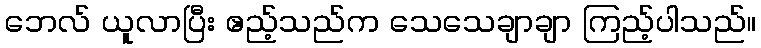
ဘေလ် ယူလာပြီး ဧည့်သည်က သေသေချာချာ ကြည့်ပါသည်။